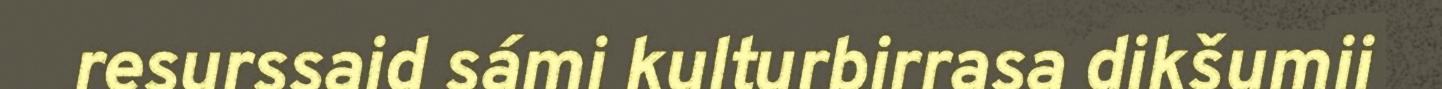
resurssaid sámi kulturbirrasa dikšumii